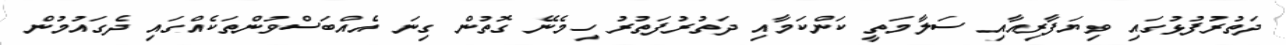
ދަތުރުފުޅުގައި ވިޔަފާރިއާއި ސަލާމަތީ ކަންކަމާއި ދަތުރުފަތުރު ހިމެނޭ ގޮތުން ގިނަ އެއްބަސްވުންތަކެއްގައި ދެގައުމުން